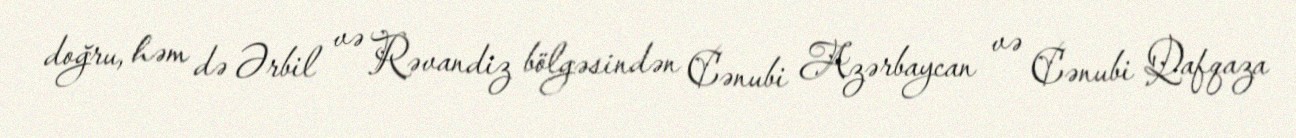
doğru, həm də Ərbil və Rəvandiz bölgəsindən Cənubi Azərbaycan və Cənubi Qafqaza